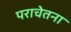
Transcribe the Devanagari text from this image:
पराचेतना